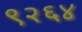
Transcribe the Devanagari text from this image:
९२६४